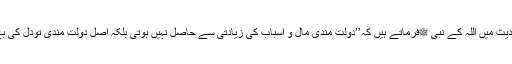
ایک دوسری حدیث میں اللہ کے نبی ﷺفرماتے ہیں کہ’’دولت مندی مال و اسباب کی زیادتی سے حاصل نہیں ہوتی بلکہ اصل دولت مندی تودل کی بے نیازی ہے‘‘۔